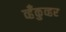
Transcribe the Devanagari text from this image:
व्हँकुव्हर